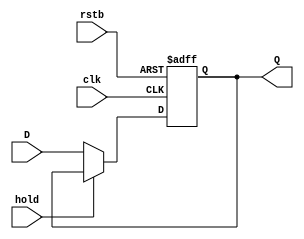

module register(
D, 
Q,
clk,
rstb,
hold
); 

parameter n = 0;

input [n-1:0] D;
input clk, rstb;
input hold;
output [n-1:0] Q;

reg [n-1:0] reg_ff; 

always @ (posedge clk or negedge rstb) begin
    if (~rstb) begin
	reg_ff <= 0;
    end
    else if(~hold) begin
	reg_ff <= D;
    end
end

assign Q = reg_ff;

endmodule